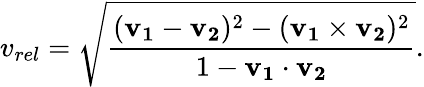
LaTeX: v_{rel}={\sqrt{\frac{(\mathbf{v_{1}}-\mathbf{v_{2}})^{2}-(\mathbf{v_{1}}\times\mathbf{v_{2}})^{2}}{1-\mathbf{v_{1}}\cdot\mathbf{v_{2}}}}}.